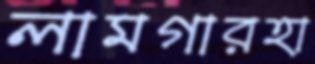
লামগারহা